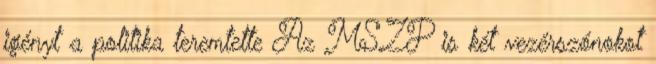
igényt a politika teremtette Az MSZP is két vezérszónokot